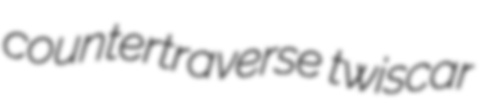
countertraverse twiscar